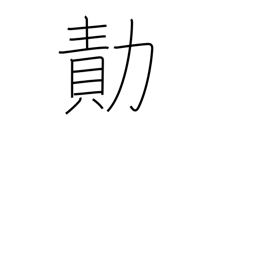
Meaning: achievement